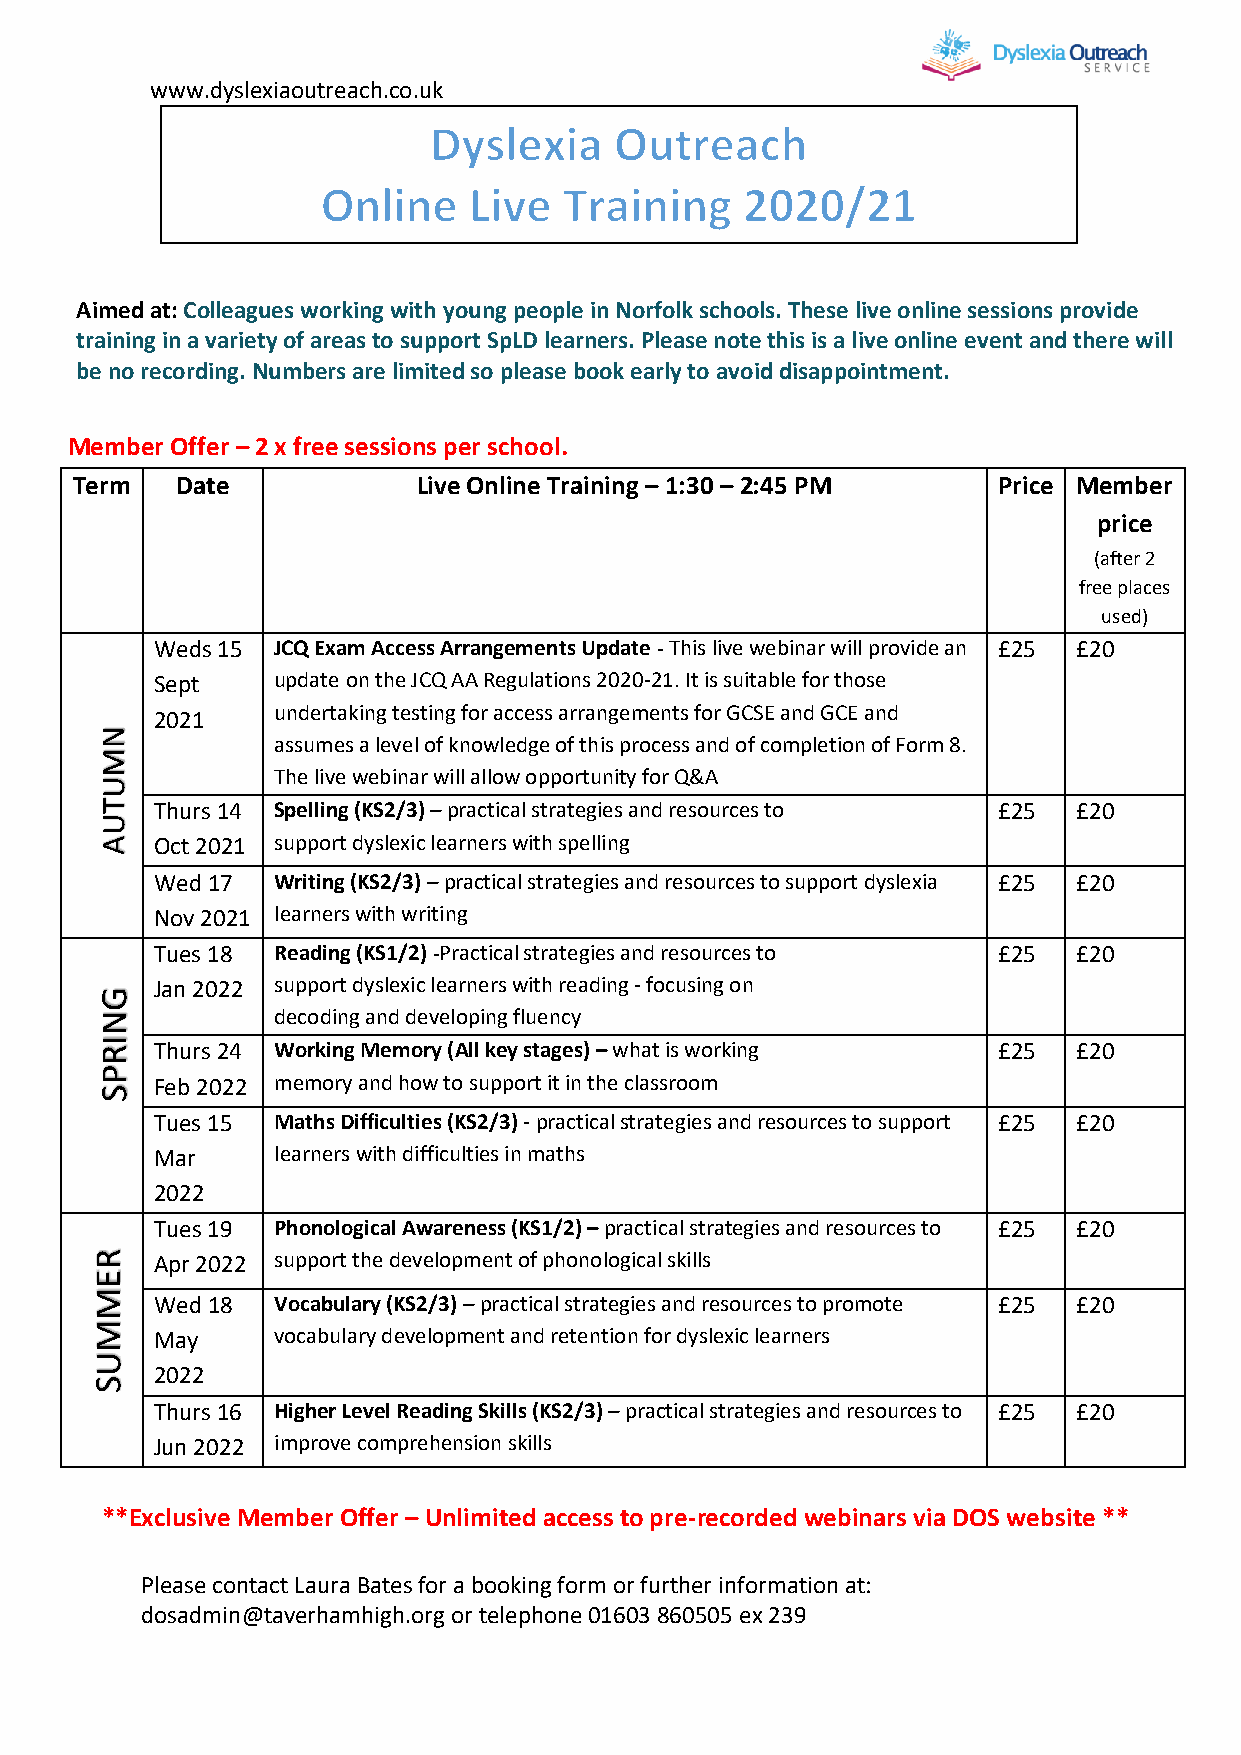
www.dyslexiaoutreach.co.uk
 Aimed at: Colleagues working with young people in Norfolk schools. These live online sessions provide
 training in a variety of areas to support SpLD learners. Please note this is a live online event and there will
 be no recording. Numbers are limited so please book early to avoid disappointment.
 Member Offer – 2 x free sessions per school.
 Term   Date            Live Online Training – 1:30 – 2:45 PM Price Member
 price
 (after 2
 free places
 used)
 Weds 15 JCQ Exam Access Arrangements Update - This live webinar will provide an £25 £20
 Sept    update on the JCQ AA Regulations 2020-21. It is suitable for those
 2021    undertaking testing for access arrangements for GCSE and GCE and
 N
 assumes a level of knowledge of this process and of completion of Form 8.
 M
 The live webinar will allow opportunity for Q&A
 U
 T  Thurs 14 Spelling (KS2/3) – practical strategies and resources to £25 £20
 U
 A  Oct 2021 support dyslexic learners with spelling
 Wed 17  Writing (KS2/3) – practical strategies and resources to support dyslexia £25 £20
 Nov 2021 learners with writing
 Tues 18 Reading (KS1/2) -Practical strategies and resources to £25 £20
 Jan 2022 support dyslexic learners with reading - focusing on
 G
 N           decoding and developing fluency
 I R Thurs 24 Working Memory (All key stages) – what is working £25 £20
 P
 Feb 2022 memory and how to support it in the classroom
 S
 Tues 15 Maths Difficulties (KS2/3) - practical strategies and resources to support £25 £20
 Mar     learners with difficulties in maths
 2022
 Tues 19 Phonological Awareness (KS1/2) – practical strategies and resources to £25 £20
 R   Apr 2022 support the development of phonological skills
 E
 M
 Wed 18  Vocabulary (KS2/3) – practical strategies and resources to promote £25 £20
 M
 May     vocabulary development and retention for dyslexic learners
 U
 2022
 S
 Thurs 16 Higher Level Reading Skills (KS2/3) – practical strategies and resources to £25 £20
 Jun 2022 improve comprehension skills
 **Exclusive Member Offer – Unlimited access to pre-recorded webinars via DOS website **
 Please contact Laura Bates for a booking form or further information at:
 dosadmin@taverhamhigh.org or telephone 01603 860505 ex 239